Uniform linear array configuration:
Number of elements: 16
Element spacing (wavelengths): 0.5
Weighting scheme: kaiser
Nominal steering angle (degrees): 60
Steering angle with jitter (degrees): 61.635
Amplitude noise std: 0.05
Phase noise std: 0.05

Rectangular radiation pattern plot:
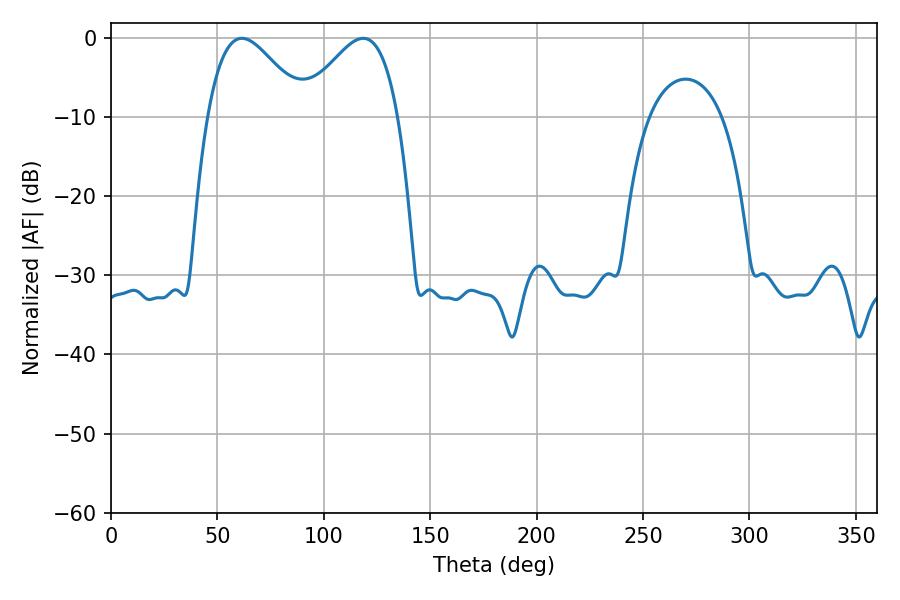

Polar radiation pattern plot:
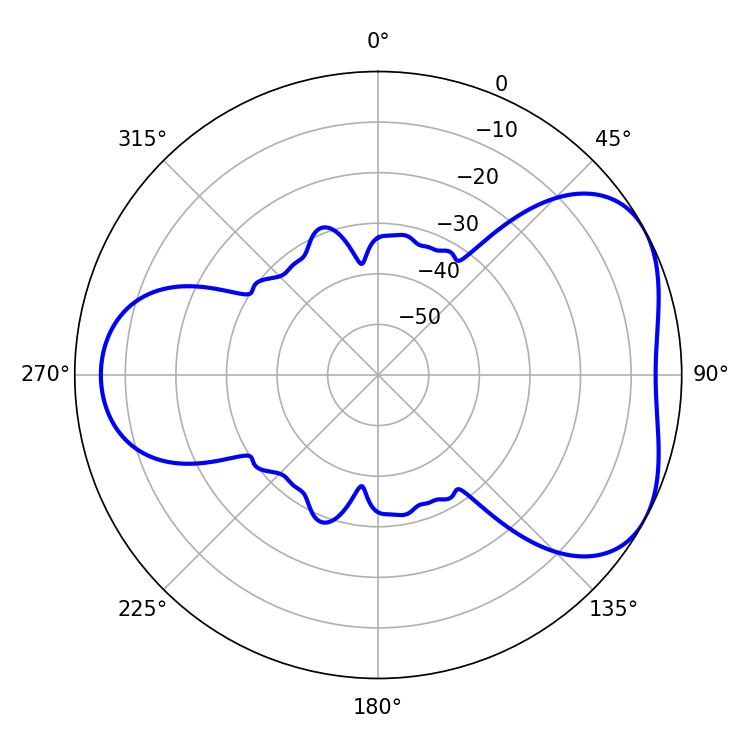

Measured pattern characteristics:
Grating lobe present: FALSE
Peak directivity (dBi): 4.63
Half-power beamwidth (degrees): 24.48
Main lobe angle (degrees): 61.56